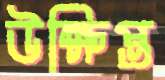
উক্ষিপ্ত